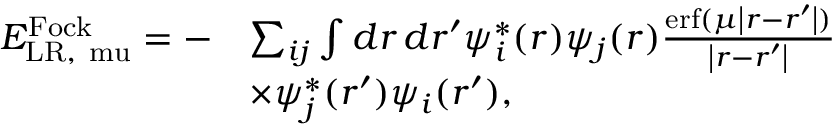
\begin{array} { r l } { E _ { \mathrm { { L R } , \ m u } } ^ { \mathrm { F o c k } } = - } & { \sum _ { i j } \int d \boldsymbol { r } \, d \boldsymbol { r ^ { \prime } } \psi _ { i } ^ { * } ( \boldsymbol { r } ) \psi _ { j } ( \boldsymbol { r } ) \frac { \mathrm { e r f } ( \mu \left| \boldsymbol { r } - \boldsymbol { r ^ { \prime } } \right| ) } { \left| \boldsymbol { r } - \boldsymbol { r ^ { \prime } } \right| } } \\ & { \times \psi _ { j } ^ { * } ( \boldsymbol { r ^ { \prime } } ) \psi _ { i } ( \boldsymbol { r ^ { \prime } } ) , } \end{array}